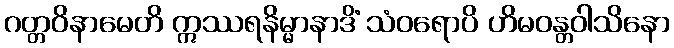
ဂတ္တဝိနာမေတိ ဣဿရနိမ္မာနာဒိံ သံဝရောပိ ဟိမဝန္တဝါသိနော